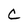
Character: C